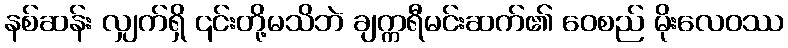
နစ်ဆန်း လျှက်ရှိ ၎င်းတို့မသိဘဲ ချက္ကရီမင်းဆက်၏ ဝေစည် မိုးလေဝဿ